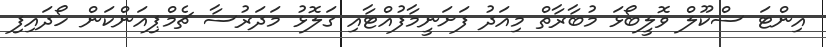
އިންޓަ ސްކޫލް ވޮލީބޯޅަ މުބާރާތް މިއަދު ފަށަނީމާފުއްޓާއި ގަލޮޅު މަދަރުސާ ޗެމްޕިއަންކަން ހޯދައިފި